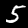
Digit: 5